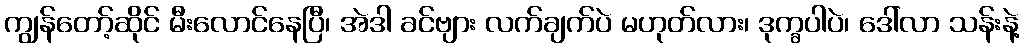
ကျွန်တော့်ဆိုင် မီးလောင်နေပြီ၊ အဲဒါ ခင်ဗျား လက်ချက်ပဲ မဟုတ်လား၊ ဒုက္ခပါပဲ၊ ဒေါ်လာ သန်းနဲ့